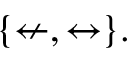
\{ \nleftarrow , \leftrightarrow \} .